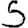
Digit: 5